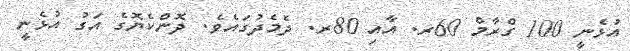
އުޅެނީ 100 ގްރާމް 60ރ. އާއި 80ރ. ދެމެދުގައެވެ. ދޮންކެޔޮގެ އަގު އުޅެނީ